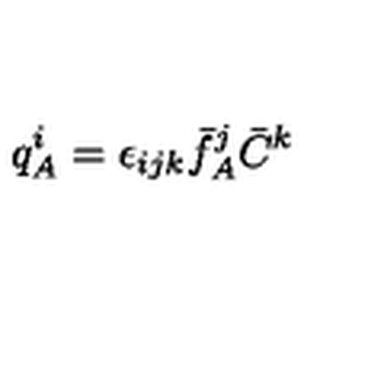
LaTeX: q _ { A } ^ { i } = \epsilon _ { i j k } \bar { f } _ { A } ^ { j } \bar { C } ^ { k }